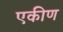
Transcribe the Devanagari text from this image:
एकीण